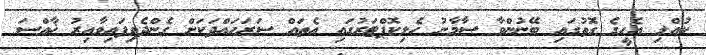
ކުއްލި އެހީގެ ގޮތުގައި ބޭނުންވާ ސާމާނު ހެލިކޮޕްޓަރުގައި އެތައް ސަރަހައްދަކަށް ގެންދެވިފައިވާއިރު ޚާއްސަ